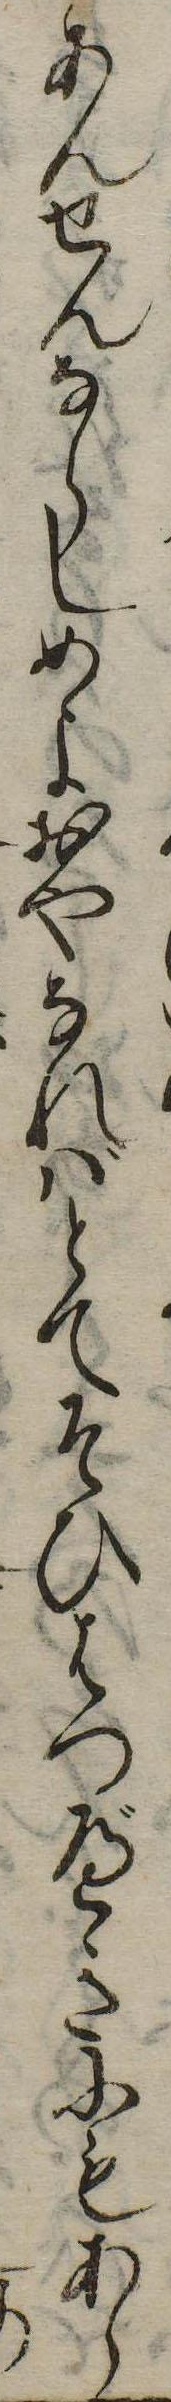
あんせんならしめよおやなればとてそひはつべきにもあら